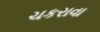
ચકરાવા